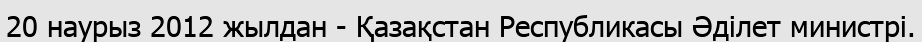
20 наурыз 2012 жылдан - Қазақстан Республикасы Әділет министрі.